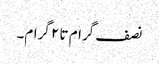
نصف گرام تا ۲ گرام۔